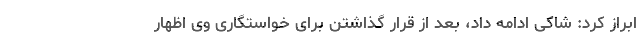
ابراز کرد: شاکی ادامه داد، بعد از قرار گذاشتن برای خواستگاری وی اظهار